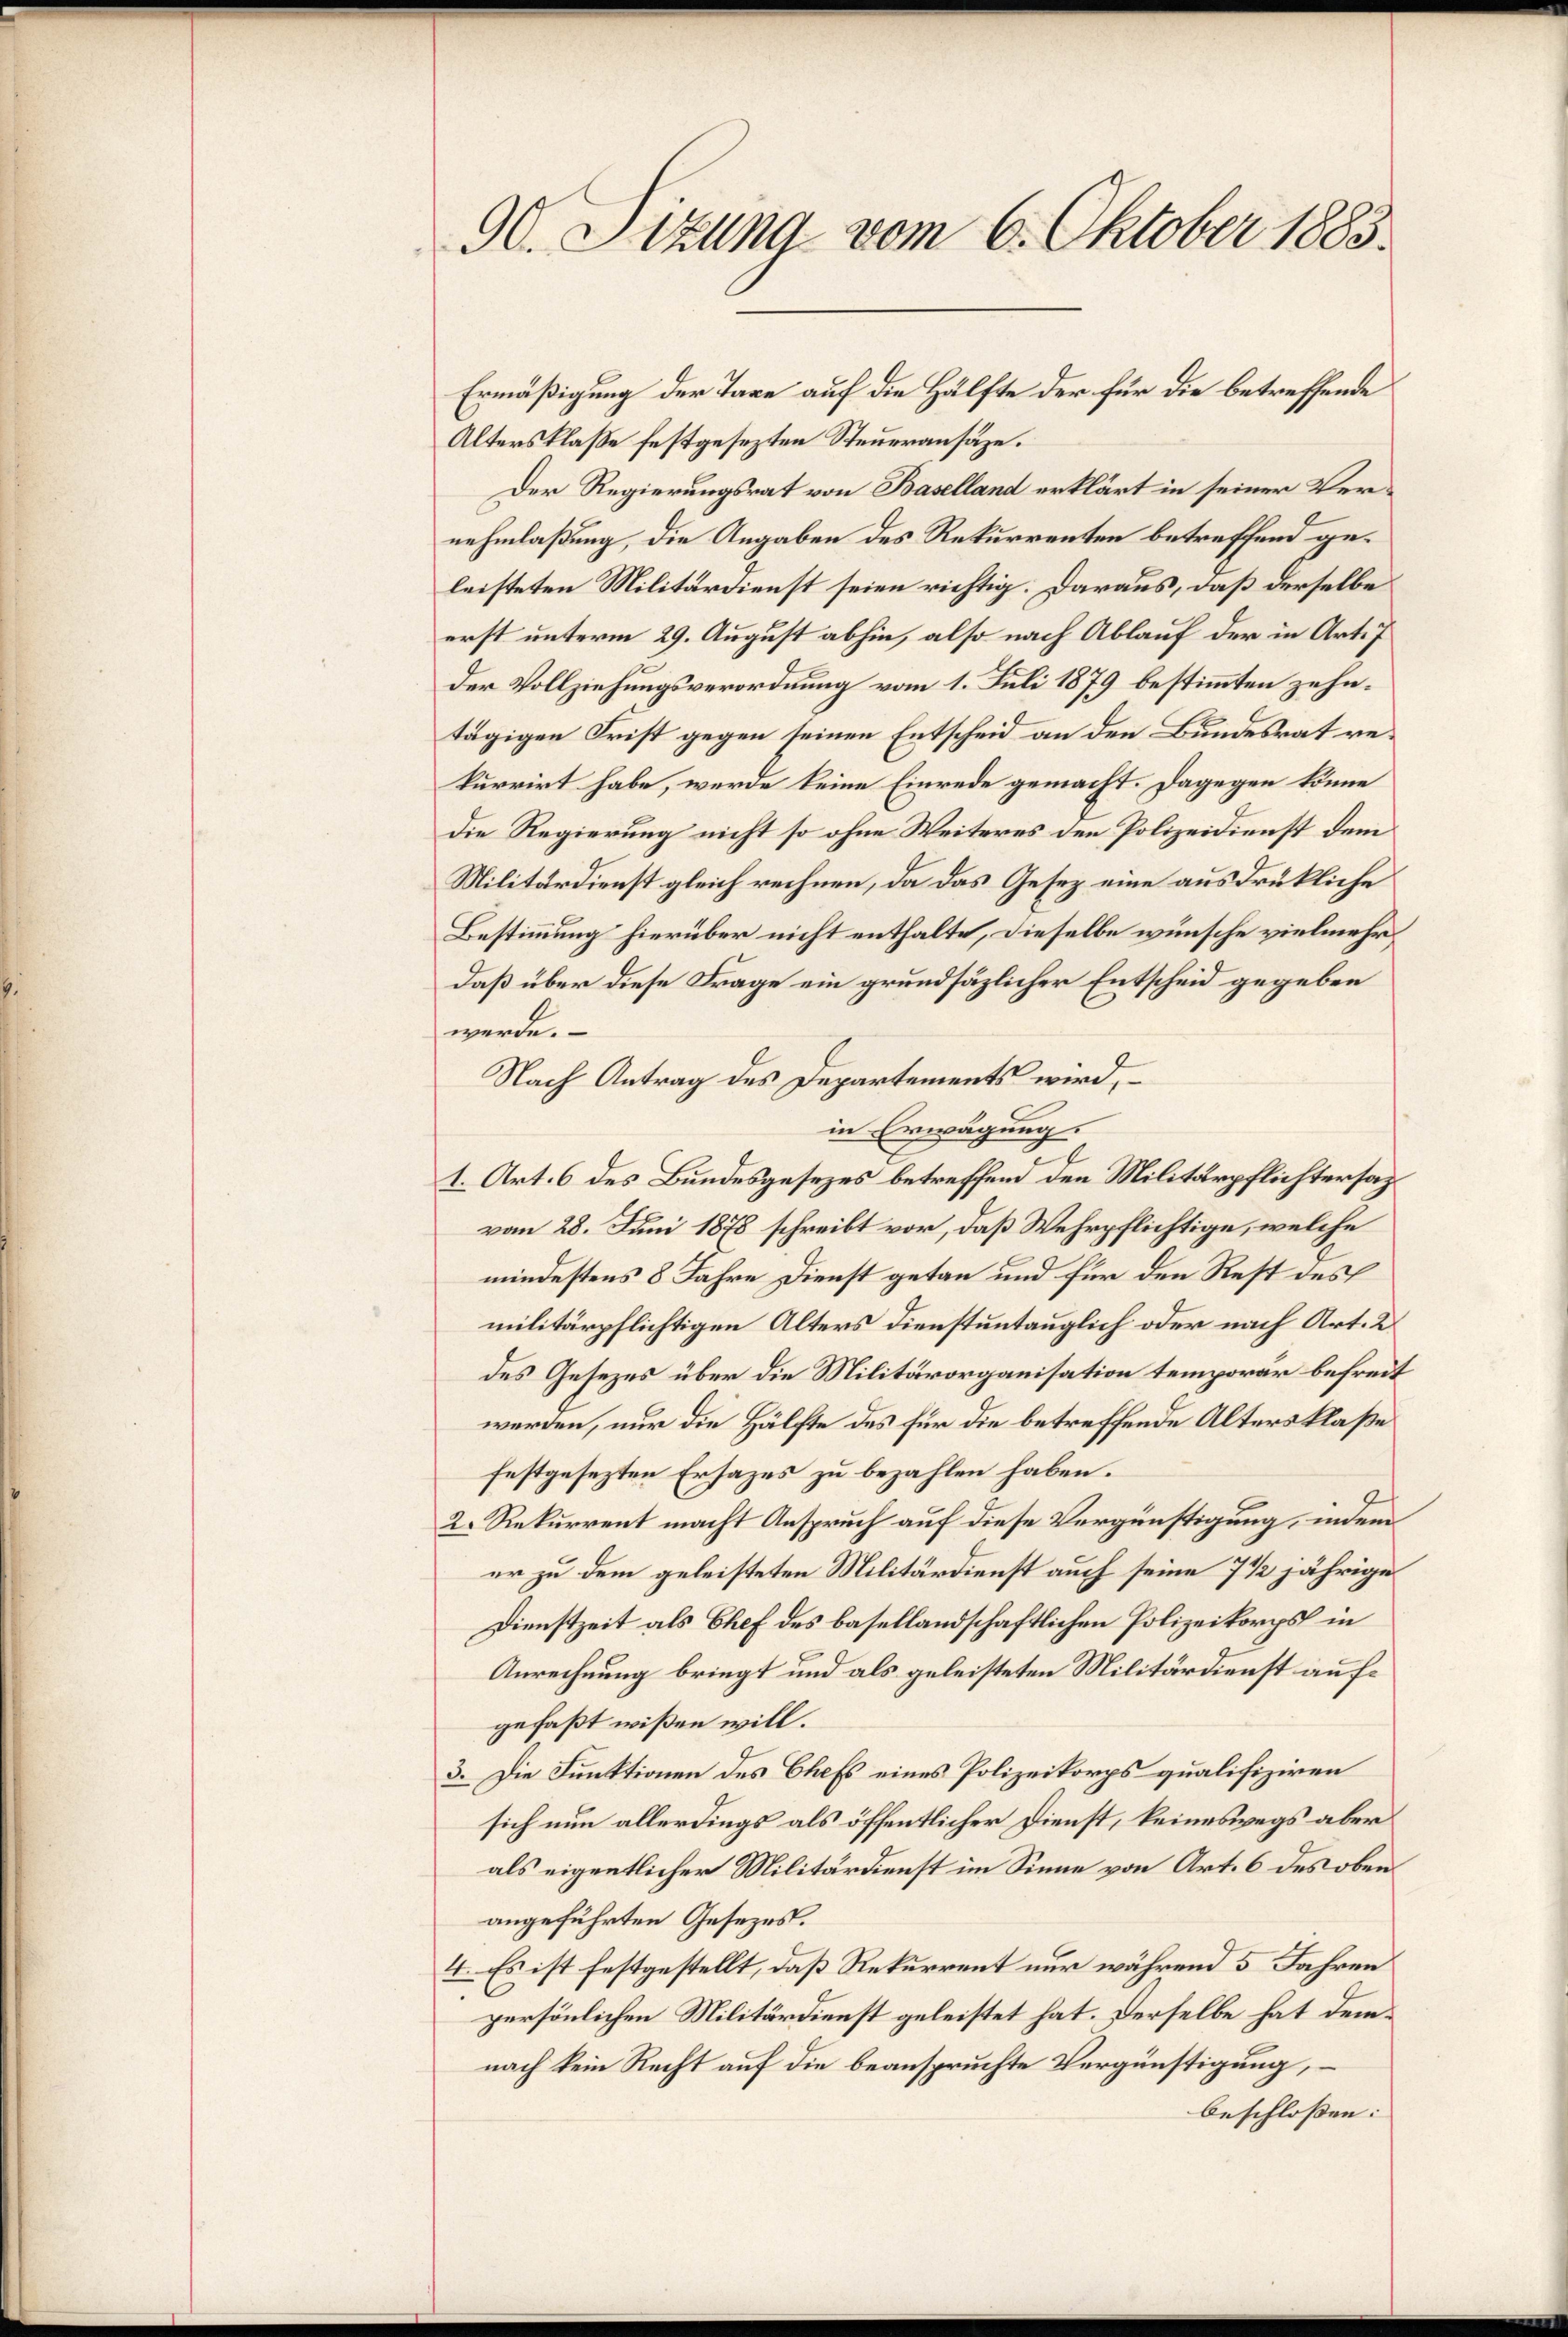
90. Sitzung vom 6. Oktober 1883

Altersklaße festgesezten Steueransäze.
Der Regierungsrat von Baselland erklärt in seiner Vernehmlaßung, die Angaben des Rekurrenten betreffend geleisteten Militärdienst seien richtig. Daraus, daß derselbe
erst unterm 29. August abhin, also nach Ablauf der in Art. 7
der Vollziehungsverordnung vom 1. Juli 1879 bestimmten zehntägigen Frist gegen seinen Entscheid an den Bundesrat rekurrirt habe, werde keine Einrede gemacht. Dagegen könne
die Regierung nicht so ohne Weiteres den Polizeidienst dem
Militärdienst gleich rechnen, da das Gesez eine ausdrückliche
Bestimmung hierüber nicht enthalte, dieselbe wünsche vielmehrdaß über diese Frage ein grundsätzlicher Entscheid gegeben
werde.
Nach Antrag des Departements wird, –
in Erwägung.
1. Art. 6 des Bundesgesezes betreffend den Militärpflichtersazvom 28. Juni 1878 schreibt vor, daß Wehrpflichtige, welche
mindestens 8 Jahre Dienst getan und für den Rest des
militärpflichtigen Alters Dienstuntauglich oder nach Art. 2
des Gesezes über die Militärorganisation temporär befreit
werden, nur die Hälfte des für die betreffende Alters klaße
festgesezten Erhazes zu bezahlen haben.
2. Rekurrent macht Anspruch auf diese Vergünstigung, indem
er zu dem geleisteten Militärdienst auch seine 7 1/2 jährige
Dienstzeit als Chef des basellandschaftlichen Polizeikorps in
Anrechnung bringt und als geleisteten Militärdienst aufgefaßt wißen will.
3. Die Funktionen des Chefs eines Polizeikorps qualifiziren
sich nun allerdings als öffentlicher Dienst, keineswegs aber
als eigentlicher Militärdienst im Sinne von Art. 6 des oben
angeführten Gesezes.
4. Es ist festgestellt, daß Rekurrent nur während 5 Jahren
persönlichen Militärdienst geleistet hat. Derselbe hat demnach kein Recht auf die beanspruchte Vergünstigung,
beschlossen:

Ermäßigung der Taxe auf die Hälfte der für die betreffende